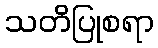
သတိပြုစရာ